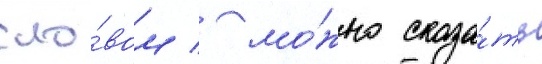
сло́вом / мо́жно сказа́ть